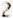
2